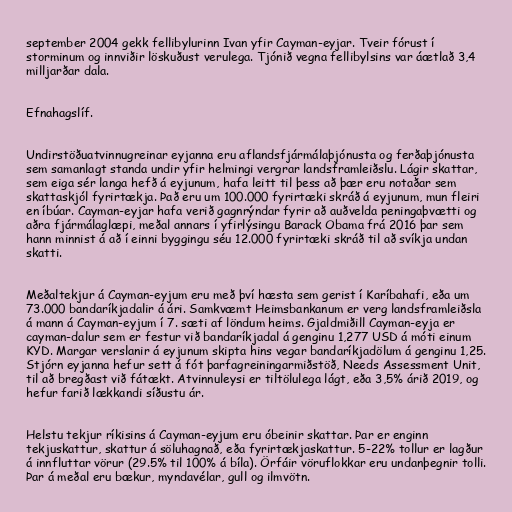
september 2004 gekk fellibylurinn Ivan yfir Cayman-eyjar. Tveir fórust í
storminum og innviðir löskuðust verulega. Tjónið vegna fellibylsins var áætlað 3,4
milljarðar dala.

Efnahagslíf.

Undirstöðuatvinnugreinar eyjanna eru aflandsfjármálaþjónusta og ferðaþjónusta
sem samanlagt standa undir yfir helmingi vergrar landsframleiðslu. Lágir skattar,
sem eiga sér langa hefð á eyjunum, hafa leitt til þess að þær eru notaðar sem
skattaskjól fyrirtækja. Það eru um 100.000 fyrirtæki skráð á eyjunum, mun fleiri
en íbúar. Cayman-eyjar hafa verið gagnrýndar fyrir að auðvelda peningaþvætti og
aðra fjármálaglæpi, meðal annars í yfirlýsingu Barack Obama frá 2016 þar sem
hann minnist á að í einni byggingu séu 12.000 fyrirtæki skráð til að svíkja undan
skatti.

Meðaltekjur á Cayman-eyjum eru með því hæsta sem gerist í Karíbahafi, eða um
73.000 bandaríkjadalir á ári. Samkvæmt Heimsbankanum er verg landsframleiðsla
á mann á Cayman-eyjum í 7. sæti af löndum heims. Gjaldmiðill Cayman-eyja er
cayman-dalur sem er festur við bandaríkjadal á genginu 1,277 USD á móti einum
KYD. Margar verslanir á eyjunum skipta hins vegar bandaríkjadölum á genginu 1,25.
Stjórn eyjanna hefur sett á fót þarfagreiningarmiðstöð, Needs Assessment Unit,
til að bregðast við fátækt. Atvinnuleysi er tiltölulega lágt, eða 3,5% árið 2019, og
hefur farið lækkandi síðustu ár.

Helstu tekjur ríkisins á Cayman-eyjum eru óbeinir skattar. Þar er enginn
tekjuskattur, skattur á söluhagnað, eða fyrirtækjaskattur. 5-22% tollur er lagður
á innfluttar vörur (29.5% til 100% á bíla). Örfáir vöruflokkar eru undanþegnir tolli.
Þar á meðal eru bækur, myndavélar, gull og ilmvötn.